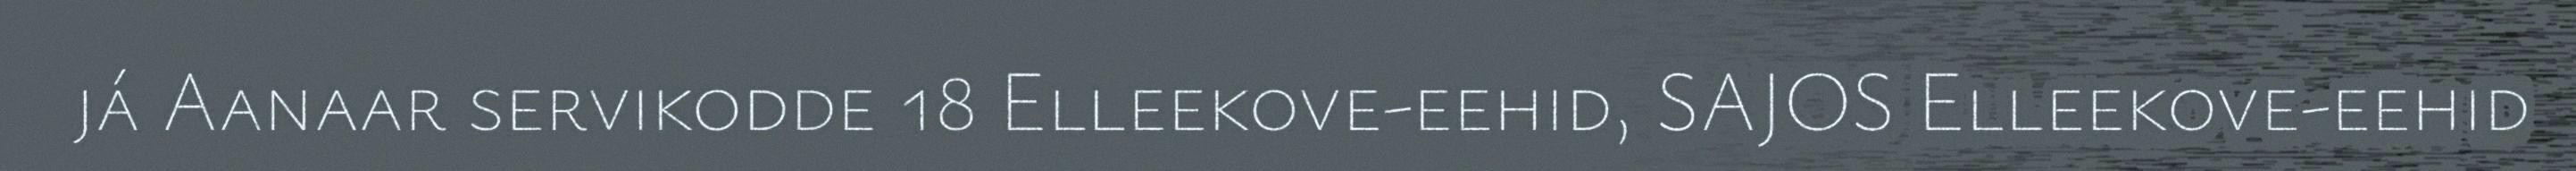
já Aanaar servikodde 18 Elleekove-eehid, SAJOS Elleekove-eehid